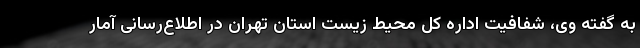
به گفته وی، شفافیت اداره کل محیط زیست استان تهران در اطلاع‌رسانی آمار